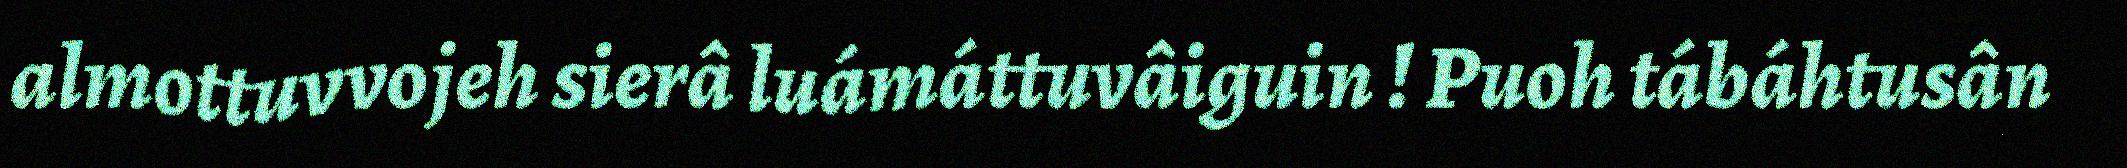
almottuvvojeh sierâ luámáttuvâiguin ! Puoh tábáhtusân